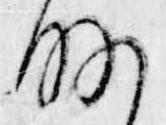
略